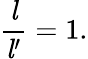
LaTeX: {\frac{\mathit{l}}{{\mathit{l}}^{\prime}}}=1.